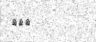
١٥٨